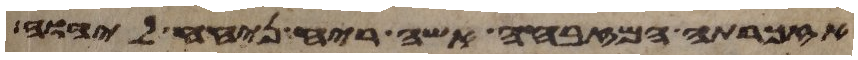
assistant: אזכרתה המזבחה אשה ריח ניחח ליהוה